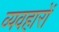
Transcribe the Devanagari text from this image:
व्यवहाराें